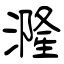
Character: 漋